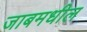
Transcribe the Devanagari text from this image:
जाबमधील